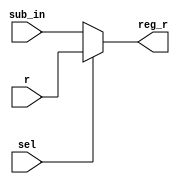
`timescale 1ns / 1ps
module sub_mux(r, sub_in, sel, reg_r);
    input [15:0] r;
    input [15:0] sub_in;
    input sel;
    output reg [15:0] reg_r;
    
    always @(*)
    begin
        if (sel == 1) // negative case
        begin
            reg_r = r;
        end
        else // positive case
        begin
            reg_r = sub_in[15:0];
        end
    end
endmodule